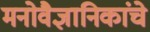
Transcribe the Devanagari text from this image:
मनोवैज्ञानिकांचे